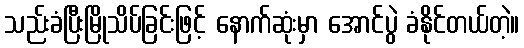
သည်းခံပြီးမြိုသိပ်ခြင်းဖြင့် နောက်ဆုံးမှာ အောင်ပွဲ ခံနိုင်တယ်တဲ့။